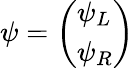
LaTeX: \psi={\left(\begin{array}{l}{\psi_{L}}\\ {\psi_{R}}\end{array}\right)}